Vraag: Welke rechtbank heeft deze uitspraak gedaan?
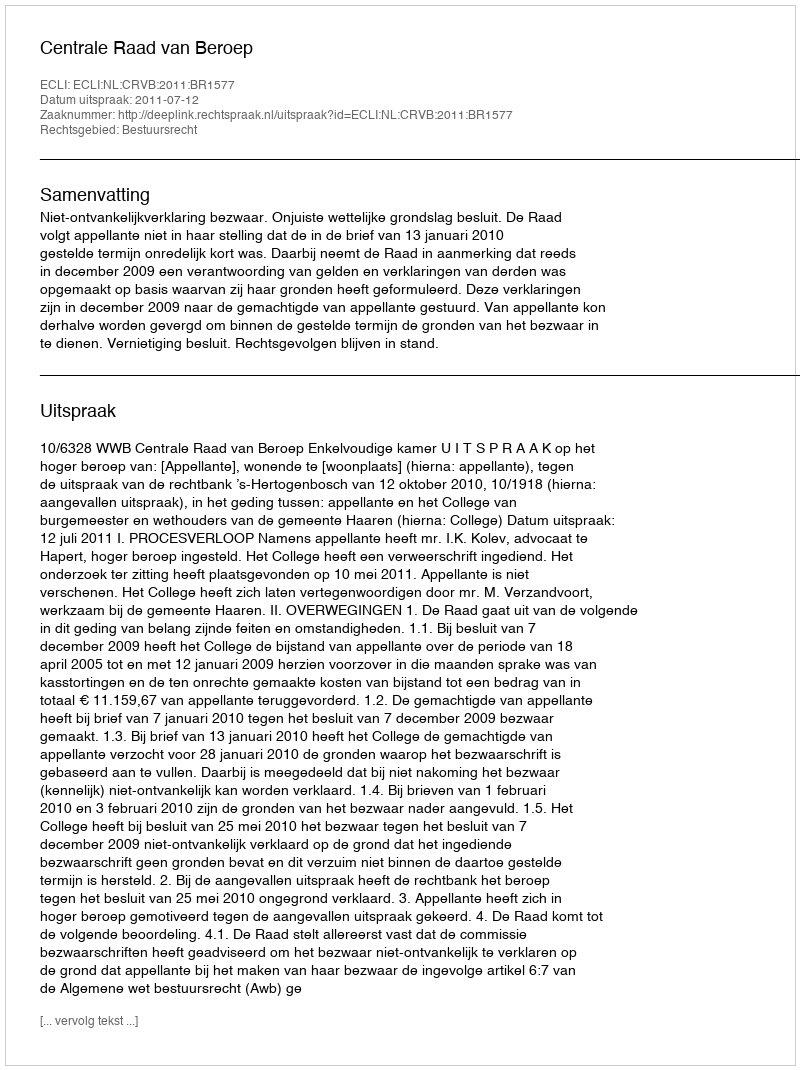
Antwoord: Centrale Raad van Beroep